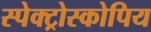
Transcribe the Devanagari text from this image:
स्पेक्ट्रोस्कोपिय